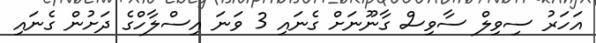
އަހަރު ސިވިލް ސާވިސް ގާނޫނަށް ގެނައި 3 ވަނަ އިސްލާހްގެ ދަށުން ގެނައި